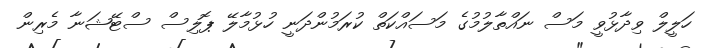
ހަލީލް ވިދާޅުވީ މަސް ނައްތާލުމުގެ މަސައްކަތް ކުރަމުންދަނީ ހުޅުމާލޭ ޕޮލިސް ސްޓޭޝަނާ މެރިން